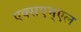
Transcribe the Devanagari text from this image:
एक्सएम्एल